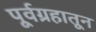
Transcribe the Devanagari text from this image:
पूर्वग्रहातून